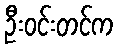
ဦးဝင်းတင်က